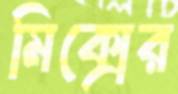
মিক্সের